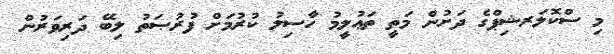
މި ސްކޮލަރޝިޕްގެ ދަށުން މަތީ ތަޢުލީމު ހާސިލު ކުރުމަށް ފުރުޞަތު ލިބޭ ދަރިވަރުން